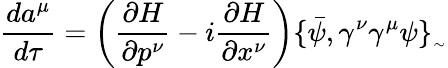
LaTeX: \frac{da^{\mu}}{d\tau}=\left(\frac{\partial H}{\partial p^{\nu}}-i\frac{\partial H}{\partial x^{\nu}}\right)\{ \bar{\psi},\gamma^{\nu}\gamma^{\mu}\psi\} _{_{\sim}}